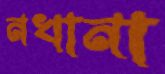
নখানা